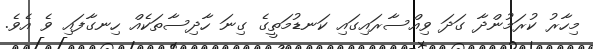
މިހާރު ކުރަމުންދާ ގަދަ ވިއްސާރައިގައި ކަނޑުމަތީގެ ގިނަ ހާދިސާތަކެއް ހިނގާފައި ވެ އެވެ.